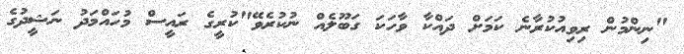
"ނިންމުން ރިވިއުކުރާނެ ކަމަށް ދައްކާ ވާހަކަ ގަބޫލެއް ނުކުރެވޭ"ކުރީގެ ރައީސް މުހައްމަދު ނަޝީދުގެ